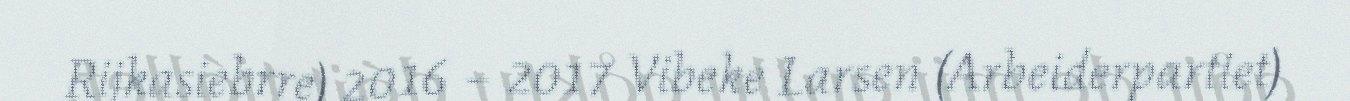
Rijkasiebrre) 2016 – 2017 Vibeke Larsen (Arbeiderpartiet)